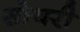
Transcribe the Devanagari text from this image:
सोयरी